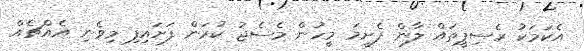
އެކަމަކު ރެސިޕީތައް ލާން ފެށީމަ މީހުން މެސެޖު ކުރަން ފަށައިފި މިވެނި އެއްޗެއް